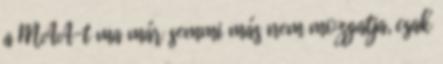
a MAA-t ma már semmi más nem mozgatja, csak